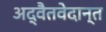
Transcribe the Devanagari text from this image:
अद्वैतवेदान्त